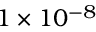
1 \times 1 0 ^ { - 8 }